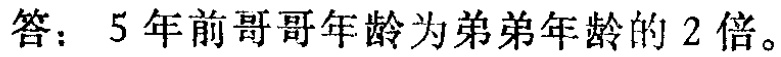
答：5年前哥哥年龄为弟弟年龄的2倍。